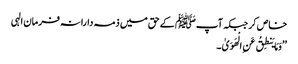
خاص کر جبکہ آپﷺ کے حق میں ذمہ دارانہ فرمان الہی
’’وَمَا یَنطِقُ عَنِ الْهَوَیٰ ۔